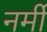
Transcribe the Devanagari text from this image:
नर्मी